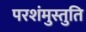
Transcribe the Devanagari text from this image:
परशंमुस्तुति